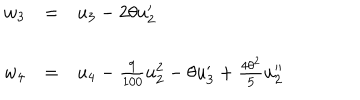
LaTeX: \begin{array} { l c l } { { w _ { 3 } } } & { { = } } & { { u _ { 3 } - 2 \theta u _ { 2 } ^ { \prime } } } \\ { { w _ { 4 } } } & { { = } } & { { u _ { 4 } - \frac { 9 } { 1 0 0 } u _ { 2 } ^ { 2 } - \theta u _ { 3 } ^ { \prime } + \frac { { 4 \theta ^ { 2 } } } { 5 } u _ { 2 } ^ { \prime \prime } } } \\ \end{array}